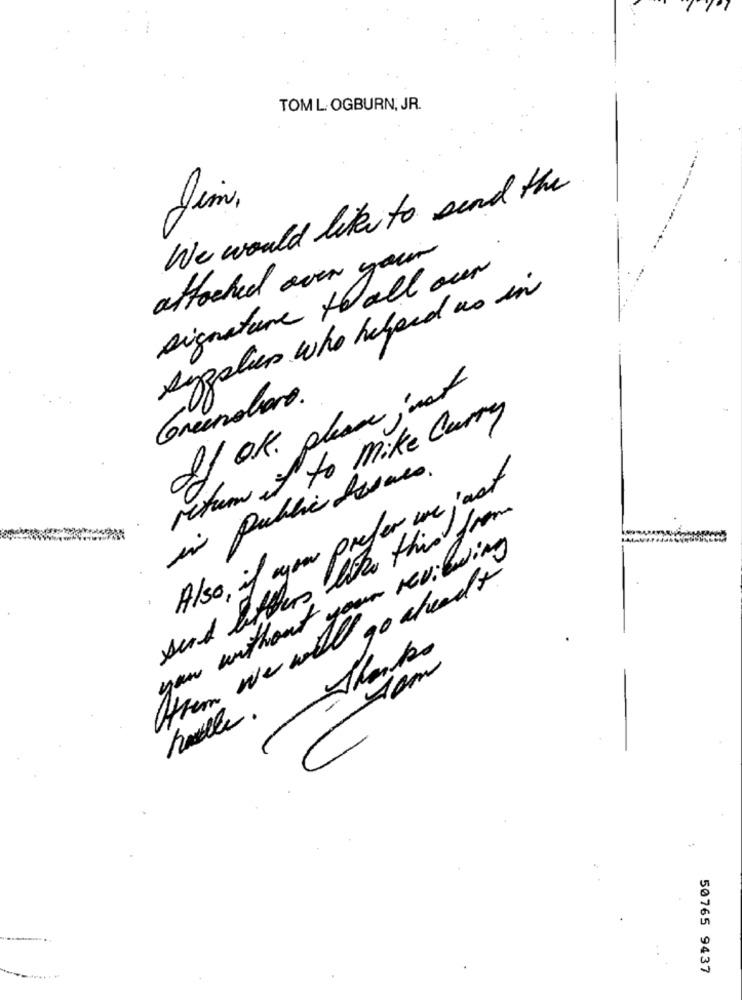
TOM L OGBURN, JR.
We would like to send the
Jim,
attached over your
signature to all our
syster who helped us in
If ok. please ; not
Grenoboro.
rhum it to Mike Curry
in public bones.
Also, if you prefer we just
send bitters like this from
you without your reviewing
go aheadx
Hitem we with
Thanks
som
50765 9437